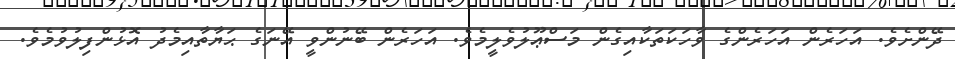
ދޭންށެވެ. އަހަރެން އަހަރެންގެ ވާހަކަތަކާއިގެން މަސްޢޫލުވެލީމެވެ. އަހަރެން ބޭނުންވީ އޭނަގެ ޙަޔާތާއިމެދު އޮޅުންފިލުވުމެވެ.